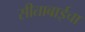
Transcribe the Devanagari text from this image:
सीताबाईचा